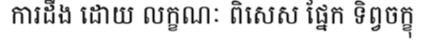
ការដឹង ដោយ លក្ខណៈ ពិសេស ផ្នែក ទិព្វចក្ខុ